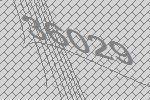
36029